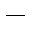
\_